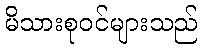
မိသားစုဝင်များသည်